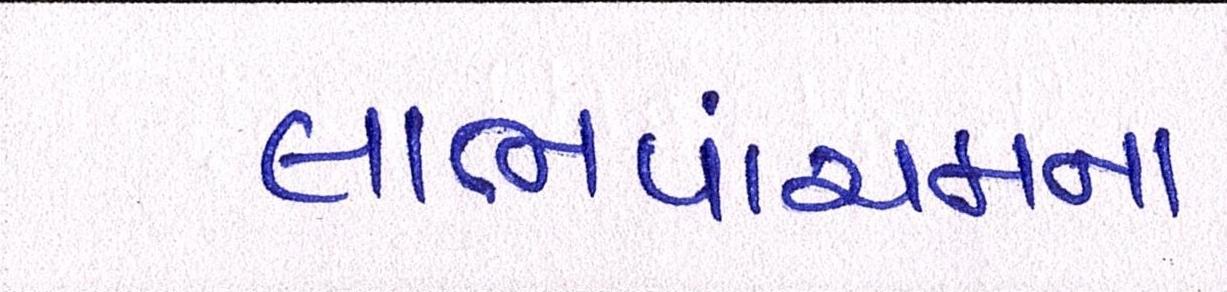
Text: લાભપાંચમના